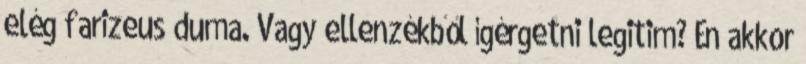
elég farizeus duma. Vagy ellenzékből ígérgetni legitim? Én akkor